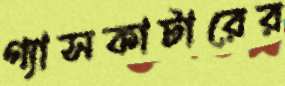
গ্যাসকাটারের